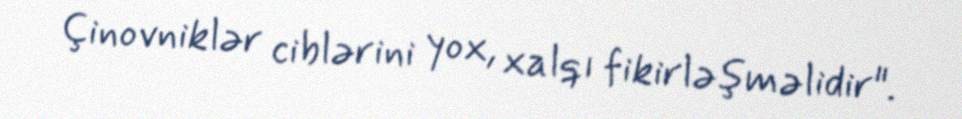
Çinovniklər ciblərini yox, xalqı fikirləşməlidir".